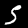
Digit: 5